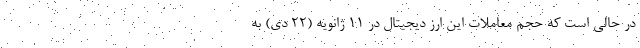
در حالی است که حجم معاملات این ارز دیجیتال در ۱۱ ژانویه (۲۲ دی) به